Annual administration report of the Bombay Presidency - 1887-1892
Year: 1887
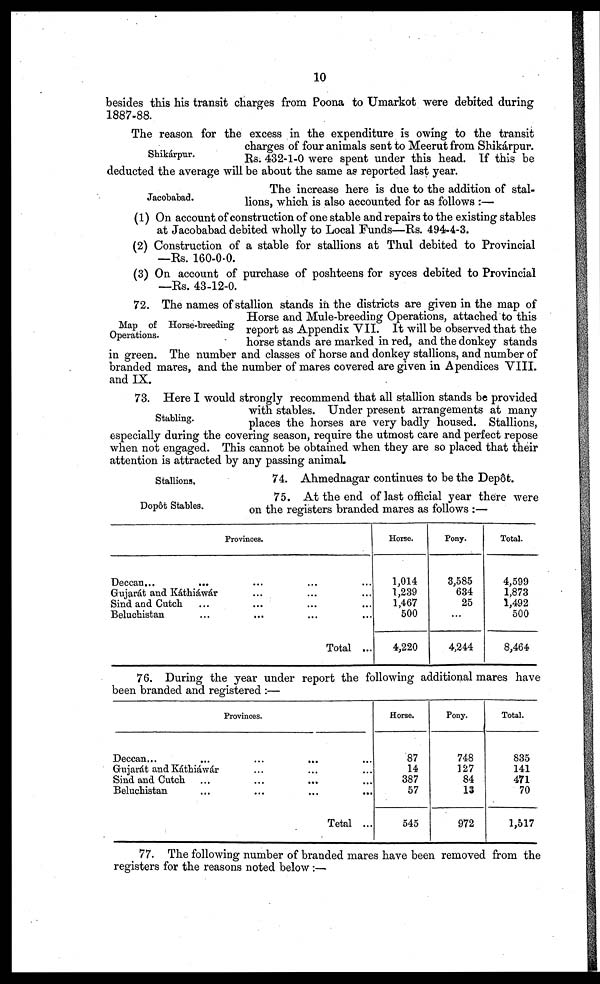
10
besides this his transit charges from Poona to Umarkot were debited during
1887-88.
Shikárpur.
The reason for the excess in the expenditure is owing to the transit
charges of four animals sent to Meerut from Shikárpur.
Rs. 432-1-0 were spent under this head. If this be
deducted the average will be about the same as reported last year.
Jacobabad.
The increase here is due to the addition of stal-
lions, which is also accounted for as follows :—
(1) On account of construction of one stable and repairs to the existing stables
at Jacobabad debited wholly to Local Funds—Rs. 494-4-3.
(2) Construction of a stable for stallions at Thul debited to Provincial
—Rs. 160-0-0.
(3) On account of purchase of poshteens for syces debited to Provincial
—Rs. 43-12-0.
Map of Horse-breeding
Operations.
72. The names of stallion stands in the districts are given in the map of
Horse and Mule-breeding Operations, attached to this
report as Appendix VII. It will be observed that the
horse stands are marked in red, and the donkey stands
in green. The number and classes of horse and donkey stallions, and number of
branded mares, and the number of mares covered are given in Apendices VIII.
and IX.
Stabling.
73. Here I would strongly recommend that all stallion stands be provided
with stables. Under present arrangements at many
places the horses are very badly housed. Stallions,
especially during the covering season, require the utmost care and perfect repose
when not engaged. This cannot be obtained when they are so placed that their
attention is attracted by any passing animal.
Stallions.
74. Ahmednagar continues to be the Depôt.
Dopôt Stables.
75. At the end of last official year there were
on the registers branded mares as follows :—
Provinces.
Deccan... ............
Gujarát and
Káthiáwár.........
Sind and Cutch
............
Beluchistan
............
Total ...
Horse.
1,014
1,239
1,467
500
4,220
Pony.
3,585
634
25
...
4,244
Total.
4,599
1,873
1,492
500
8,464
76. During the year under report the following additional mares have
been branded and registered :—
Provinces.
Deccan... ...
Grujarát and
Káthiáwár...
...
...
Sind and Cutch
...
...
...
...
Beluchistan
...
...
...
...
Total ...
Horse.
87
14
387
57
545
Pony.
748
127
84
13
972
Total.
835
141
471
70
1,517
77. The following number of branded mares have been removed from the
registers for the reasons noted below :—